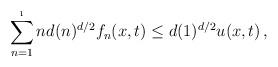
LaTeX: \begin{align*} \sum_{n=1}^{\i} n d(n)^{d/2} f_n(x,t) \leq d(1)^{d/2} u(x,t) \, ,\end{align*}